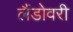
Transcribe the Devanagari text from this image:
लैंडोवरी